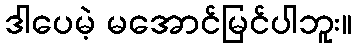
ဒါပေမဲ့ မအောင်မြင်ပါဘူး။